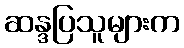
ဆန္ဒပြသူများက